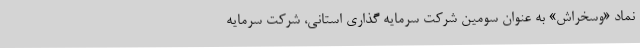
نماد «وسخراش» به عنوان سومین شرکت سرمایه گذاری استانی، شرکت سرمایه